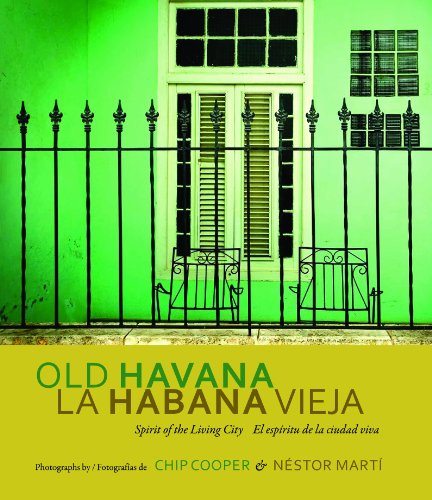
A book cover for Old Havana / La Habana Vieja: Spirit of the Living City / El espÃ­ritu de la ciudad viva (English and Spanish Edition); Chip Cooper; Arts & Photography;